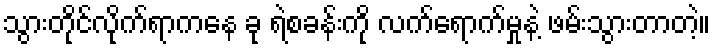
သွားတိုင်လိုက်ရာကနေ ခု ရဲစခန်းကို လက်ရောက်မှုနဲ့ ဖမ်းသွားတာတဲ့။